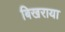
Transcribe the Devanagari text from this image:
बिखराया